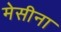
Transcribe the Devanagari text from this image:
मेसीना